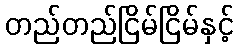
တည်တည်ငြိမ်ငြိမ်နှင့်